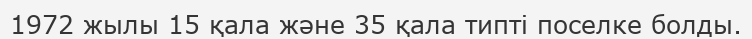
1972 жылы 15 қала және 35 қала типті поселке болды.